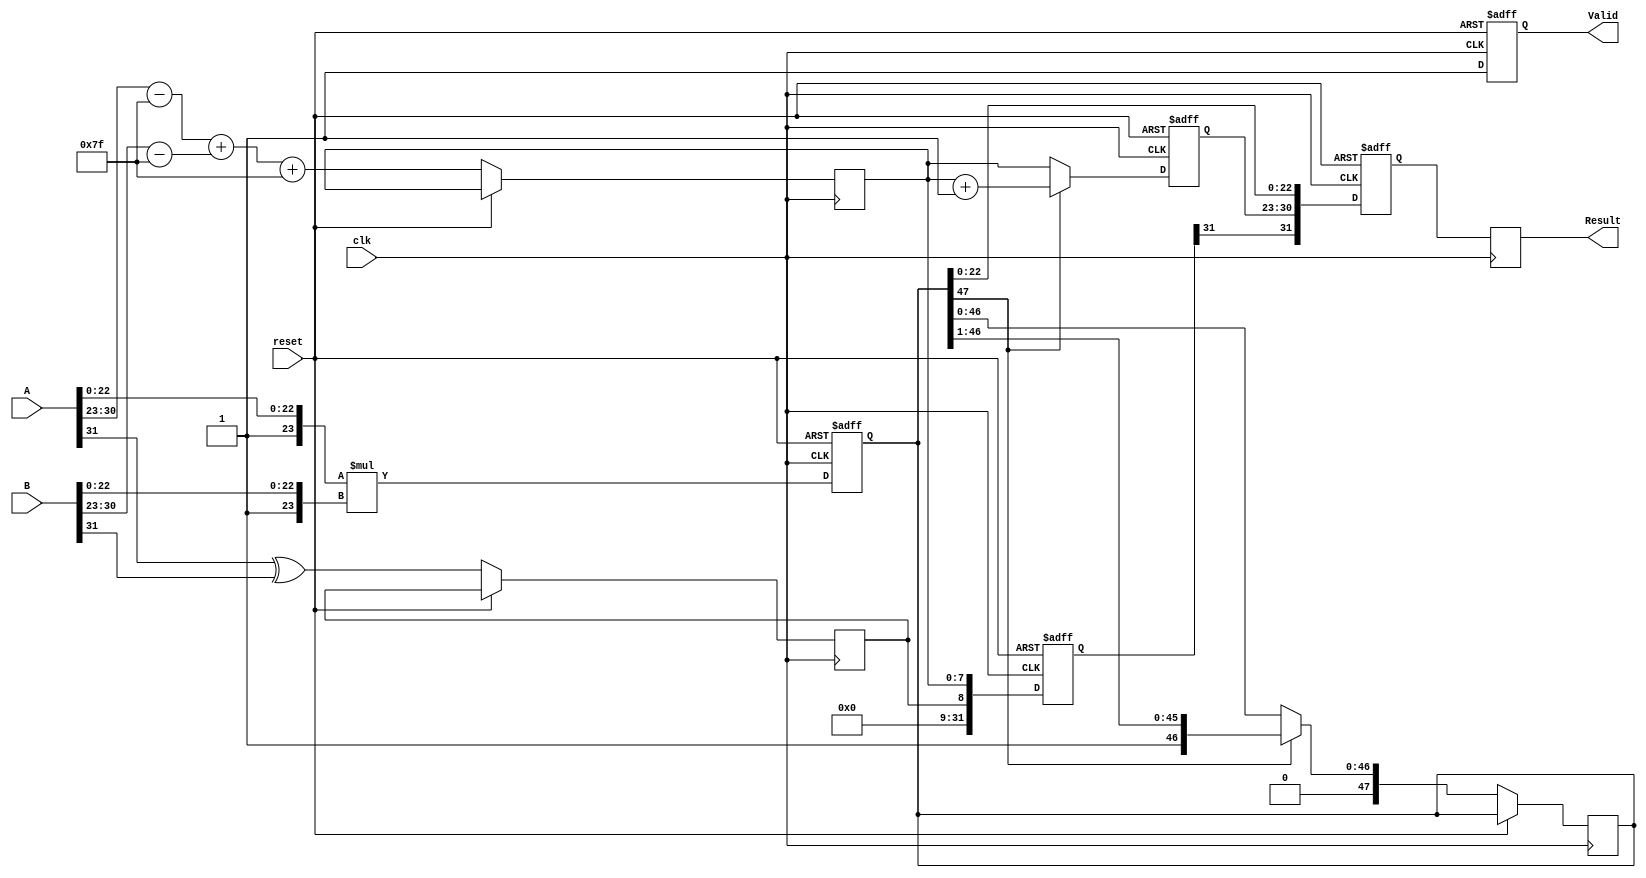
module pipelined_fp_multiplier (
    input  wire        clk,
    input  wire        reset,
    input  wire [31:0] A, // First floating-point input
    input  wire [31:0] B, // Second floating-point input
    output reg  [31:0] Result, // Floating-point output
    output reg         Valid // Output valid signal
);

    // Pipeline registers
    reg [31:0] A_reg, B_reg; // Stage 1 registers
    reg [31:0] sign_exp_reg; // Stage 2 register
    reg [47:0] mantissa_reg; // Stage 3 register
    reg [7:0]  exp_reg; // Stage 4 register
    reg [31:0] final_result_reg; // Stage 5 register

    // Intermediate signals
    wire sign_A, sign_B, sign_result;
    wire [7:0] exp_A, exp_B, exp_result;
    wire [23:0] mantissa_A, mantissa_B;
    wire [47:0] mantissa_result;
    wire [7:0] exp_sum;
    
    // Extract sign, exponent, and mantissa from inputs
    assign sign_A = A[31];
    assign exp_A = A[30:23] - 127; // Remove bias
    assign mantissa_A = {1'b1, A[22:0]}; // Implicit leading 1 for normalized numbers

    assign sign_B = B[31];
    assign exp_B = B[30:23] - 127; // Remove bias
    assign mantissa_B = {1'b1, B[22:0]}; // Implicit leading 1 for normalized numbers

    // Stage 1: Register inputs
    always @(posedge clk or posedge reset) begin
        if (reset) begin
            A_reg <= 32'b0;
            B_reg <= 32'b0;
        end else begin
            A_reg <= A;
            B_reg <= B;
        end
    end

    // Stage 2: Compute sign and exponent sum
    always @(posedge clk or posedge reset) begin
        if (reset) begin
            sign_exp_reg <= 32'b0;
        end else begin
            sign_result <= sign_A ^ sign_B; // XOR for sign
            exp_sum <= exp_A + exp_B + 127; // Add bias back
            sign_exp_reg <= {sign_result, exp_sum}; // Store sign and exponent
        end
    end

    // Stage 3: Multiply mantissas
    always @(posedge clk or posedge reset) begin
        if (reset) begin
            mantissa_reg <= 48'b0;
        end else begin
            mantissa_reg <= mantissa_A * mantissa_B; // Multiply mantissas
        end
    end

    // Stage 4: Normalize the result
    always @(posedge clk or posedge reset) begin
        if (reset) begin
            exp_reg <= 8'b0;
        end else begin
            // Normalization logic (simplified)
            if (mantissa_reg[47]) begin
                mantissa_reg <= mantissa_reg >> 1; // Shift right
                exp_reg <= exp_sum + 1; // Increment exponent
            end else begin
                exp_reg <= exp_sum; // Keep exponent
            end
        end
    end

    // Stage 5: Pack the final result
    always @(posedge clk or posedge reset) begin
        if (reset) begin
            final_result_reg <= 32'b0;
            Valid <= 1'b0;
        end else begin
            final_result_reg <= {sign_exp_reg[31], exp_reg, mantissa_reg[22:0]}; // Pack result
            Valid <= 1'b1; // Set valid signal
        end
    end

    // Output assignment
    always @(posedge clk) begin
        Result <= final_result_reg;
    end

endmodule